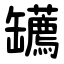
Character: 䍎